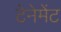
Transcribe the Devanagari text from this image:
टेनेमेंट